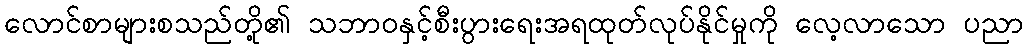
လောင်စာများစသည်တို့၏ သဘာဝနှင့်စီးပွားရေးအရထုတ်လုပ်နိုင်မှုကို လေ့လာသော ပညာ